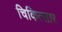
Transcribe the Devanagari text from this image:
चिकित्सार